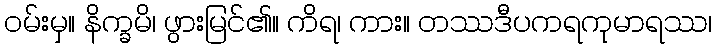
ဝမ်းမှ။ နိက္ခမိ၊ ဖွားမြင်၏။ ကိရ၊ ကား။ တဿဒီပကရကုမာရဿ၊